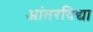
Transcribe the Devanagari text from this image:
आंतरविद्या